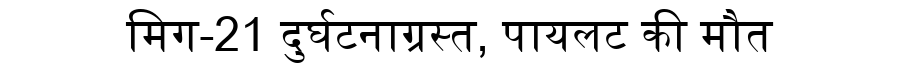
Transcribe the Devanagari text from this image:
मिग-21 दुर्घटनाग्रस्त, पायलट की मौत